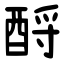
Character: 酹